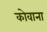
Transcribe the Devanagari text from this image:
कोवाना